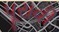
પૂરાવી